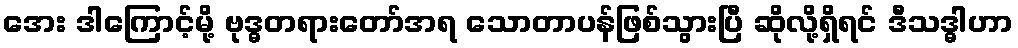
အေး ဒါကြောင့်မို့ ဗုဒ္ဓတရားတော်အရ သောတာပန်ဖြစ်သွားပြီ ဆိုလို့ရှိရင် ဒီသဒ္ဓါဟာ